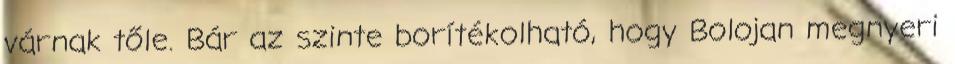
várnak tőle. Bár az szinte borítékolható, hogy Bolojan megnyeri